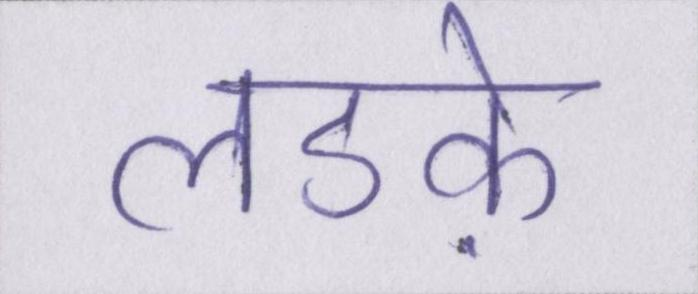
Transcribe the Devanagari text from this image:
लडक़े